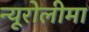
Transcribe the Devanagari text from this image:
न्यूरोलीमा